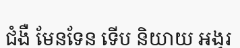
ជំងឺ មែនទែន ទើប និយាយ អង្វរ